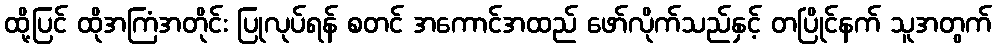
ထို့ပြင် ထိုအကြံအတိုင်း ပြုလုပ်ရန် စတင် အကောင်အထည် ဖော်လိုက်သည်နှင့် တပြိုင်နက် သူအတွက်